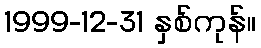
1999-12-31 နှစ်ကုန်။